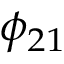
\phi _ { 2 1 }